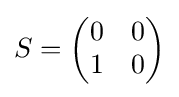
S={\begin{pmatrix}0&0\\1&0\end{pmatrix}}